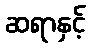
ဆရာနှင့်